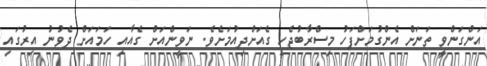
އަންގަންވީ ތަނަށް އެންގުމަށްފަހު މިސްރާބުޖެހީ ގެއަށްދިއުމަށެވެ. ނަވީންއަށް ގެއާއި ހަމައަށް ދެވުނު އިރުގައި